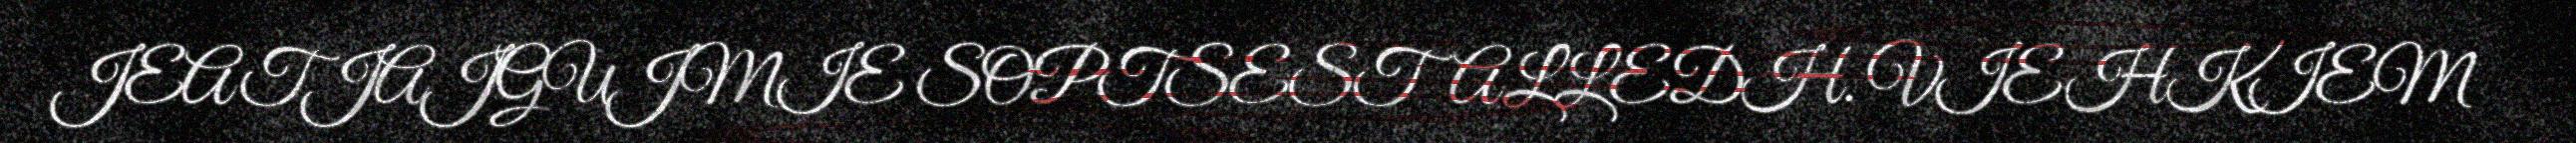
JEATJAJGUJMIE SOPTSESTALLEDH. VIEHKIEM